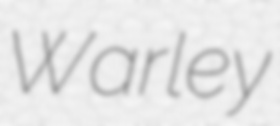
Warley